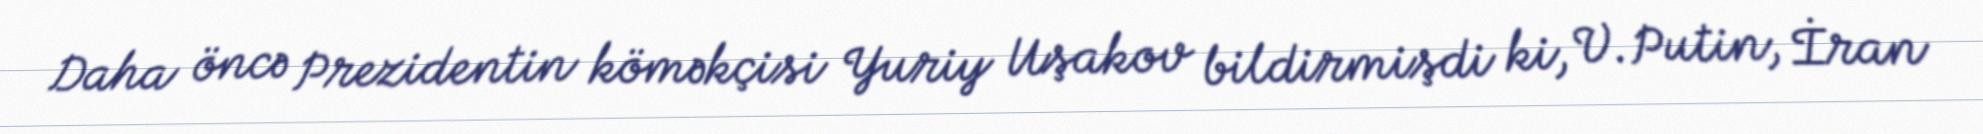
Daha öncə Prezidentin köməkçisi Yuriy Uşakov bildirmişdi ki, V.Putin, İran